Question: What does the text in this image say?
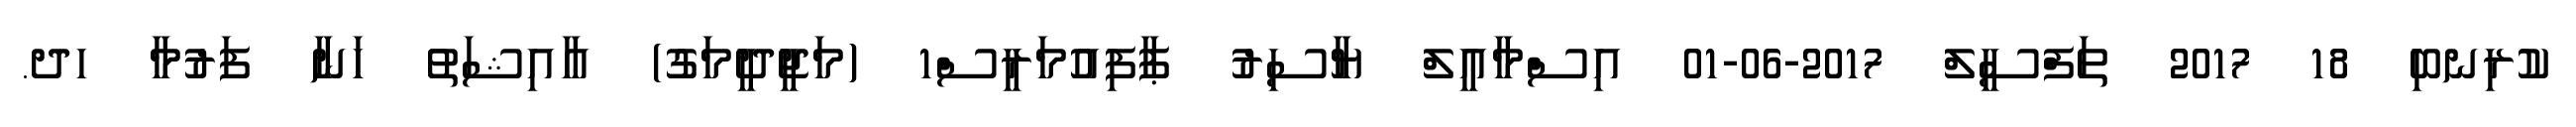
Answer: ކުރިނބި 18 2017 ތަފްސީލް 2017-06-01 އިސްމާޢީލް ޔާސިރު ޕާފިއުމަރީސް1 (މަޖީދީމަގު) ޢާއިޝަތު ހަނާ ފަރުމާ ހދ.